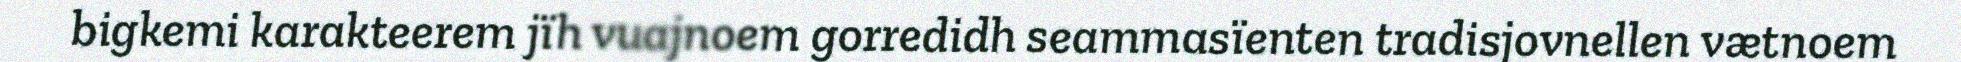
bigkemi karakteerem jïh vuajnoem gorredidh seammasïenten tradisjovnellen vætnoem